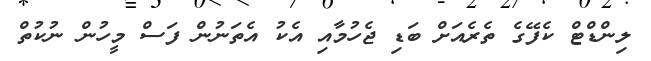
ލިންޑްޓް ކެފޭގެ ތެރެއަށް ބަޑި ޖެހުމާއި އެކު އެތަނުން ފަސް މީހުން ނުކުތް